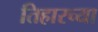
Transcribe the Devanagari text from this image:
तिहारच्या